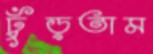
ঢুঁড়তাম